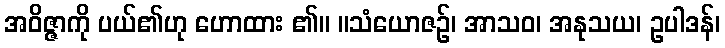
အဝိဇ္ဇာကို ပယ်၏ဟု ဟောထား ၏။ ။သံယောဇဉ်၊ အာသဝ၊ အနုသယ၊ ဥပါဒန်၊